Annual administration report of the Civil Veterinary Department, Ajmere-Merwara, British Rajputana - 1914-1940
Year: 1914
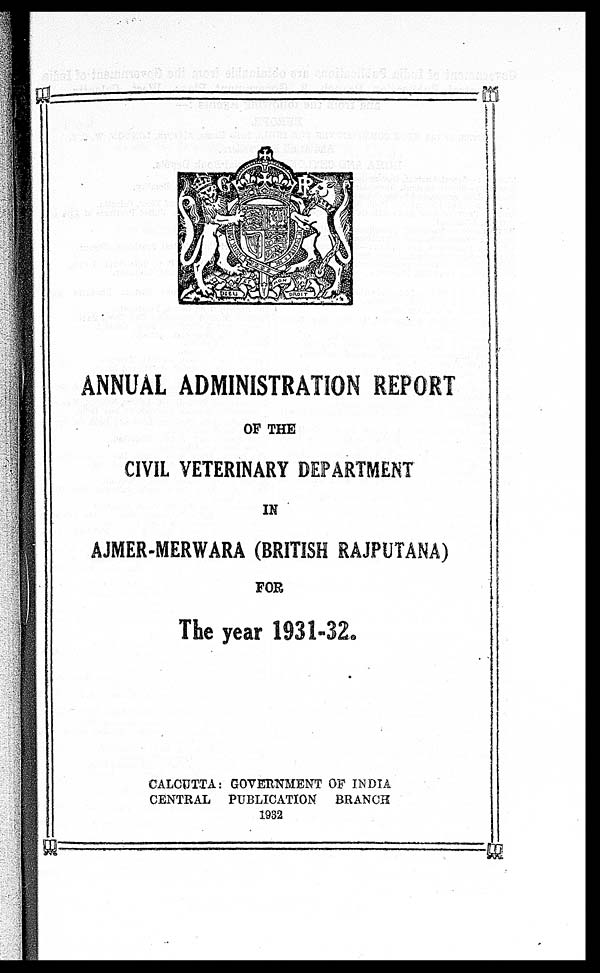
ANNUAL ADMINISTRATION REPORT
OF THE
CIVIL VETERINARY DEPARTMENT
IN
AJMER-MERWARA (BRITISH RAJPUTANA)
FOR
The year 1931-32.
CALCUTTA: GOVERNMENT OF INDIA
CENTRAL PUBLICATION BRANCH
1932